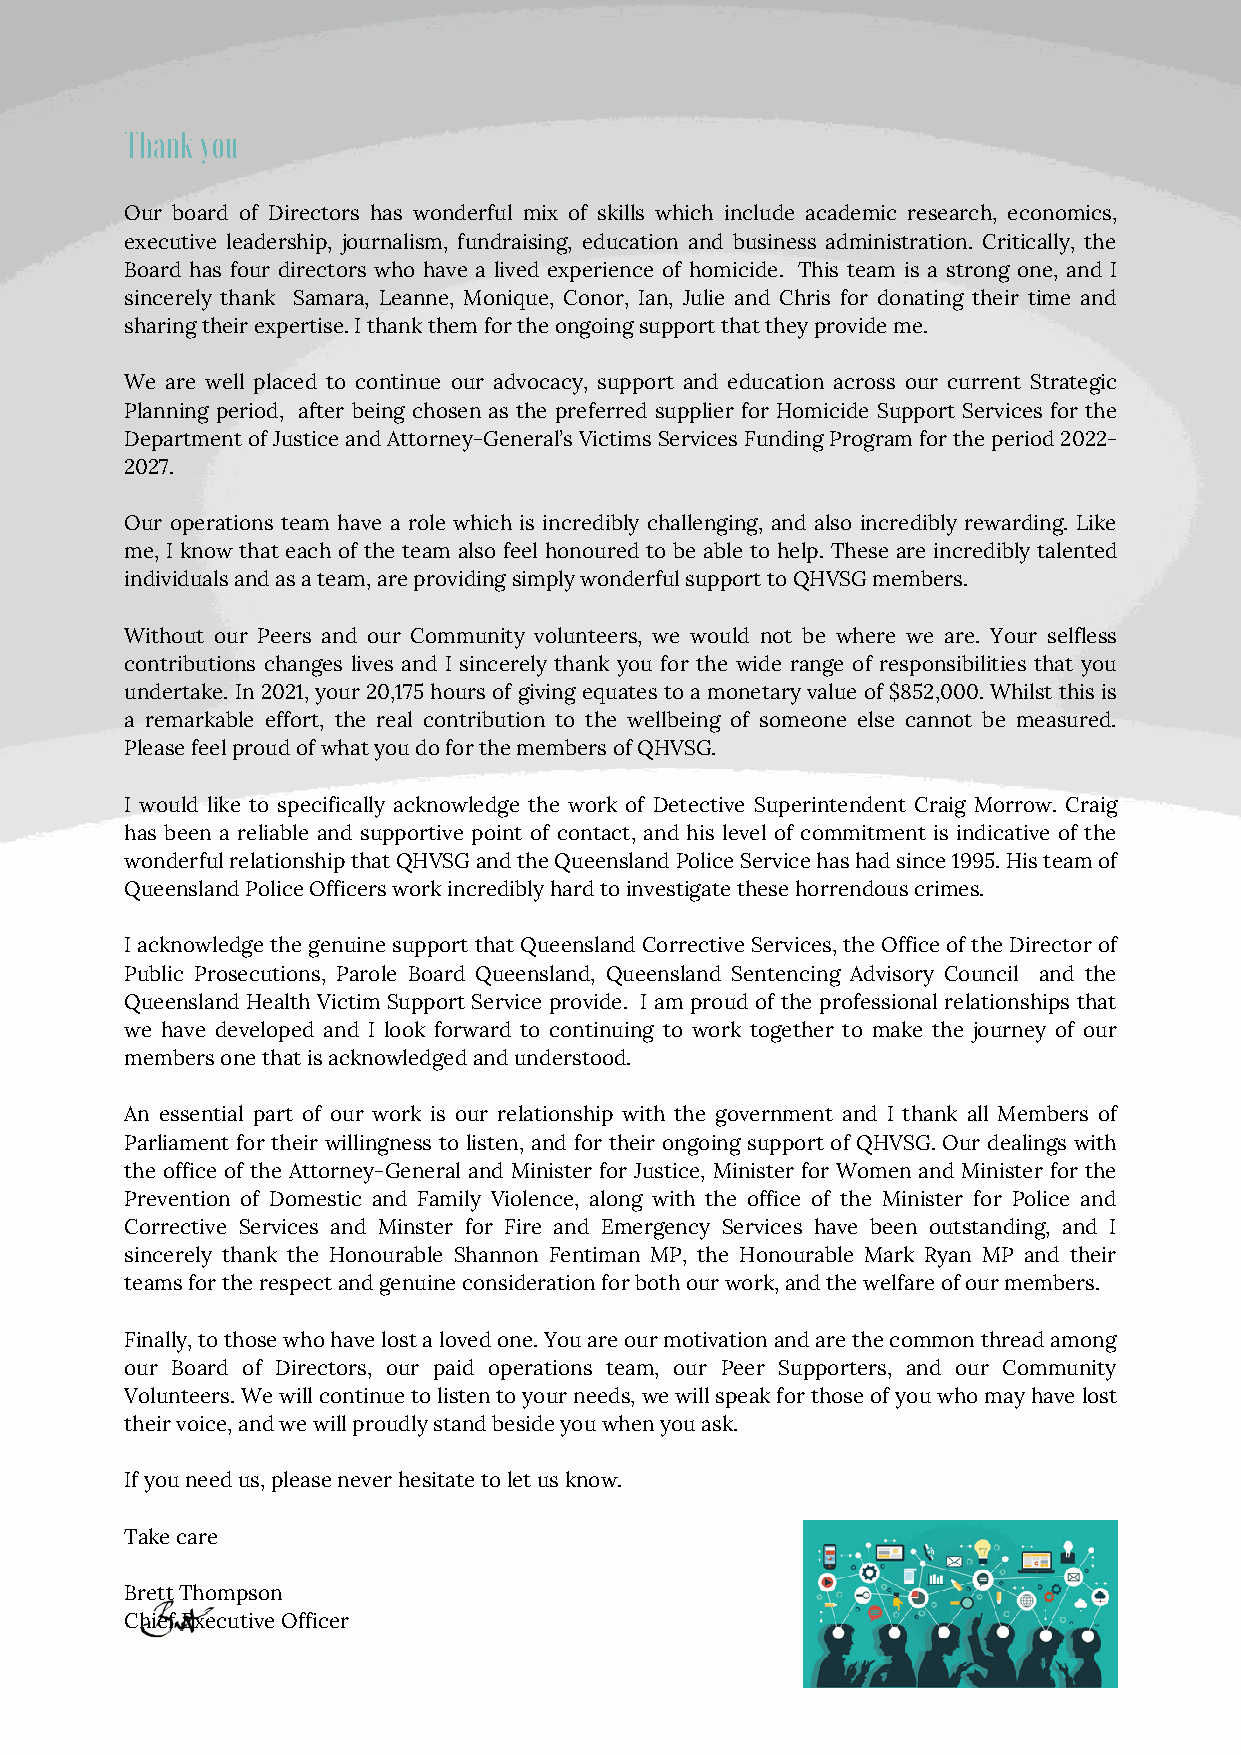
Thank you
 Our board of Directors has wonderful mix of skills which include academic research, economics,
 executive leadership, journalism, fundraising, education and business administration. Critically, the
 Board has four directors who have a lived experience of homicide. This team is a strong one, and I
 sincerely thank Samara, Leanne, Monique, Conor, Ian, Julie and Chris for donating their time and
 sharing their expertise. I thank them for the ongoing support that they provide me.
 We are well placed to continue our advocacy, support and education across our current Strategic
 Planning period, after being chosen as the preferred supplier for Homicide Support Services for the
 Department of Justice and Attorney-General’s Victims Services Funding Program for the period 2022-
 2027.
 Our operations team have a role which is incredibly challenging, and also incredibly rewarding. Like
 me, I know that each of the team also feel honoured to be able to help. These are incredibly talented
 individuals and as a team, are providing simply wonderful support to QHVSG members.
 Without our Peers and our Community volunteers, we would not be where we are. Your selfless
 contributions changes lives and I sincerely thank you for the wide range of responsibilities that you
 undertake. In 2021, your 20,175 hours of giving equates to a monetary value of $852,000. Whilst this is
 a remarkable effort, the real contribution to the wellbeing of someone else cannot be measured.
 Please feel proud of what you do for the members of QHVSG.
 I would like to specifically acknowledge the work of Detective Superintendent Craig Morrow. Craig
 has been a reliable and supportive point of contact, and his level of commitment is indicative of the
 wonderful relationship that QHVSG and the Queensland Police Service has had since 1995. His team of
 Queensland Police Officers work incredibly hard to investigate these horrendous crimes.
 I acknowledge the genuine support that Queensland Corrective Services, the Office of the Director of
 Public Prosecutions, Parole Board Queensland, Queensland Sentencing Advisory Council and the
 Queensland Health Victim Support Service provide. I am proud of the professional relationships that
 we have developed and I look forward to continuing to work together to make the journey of our
 members one that is acknowledged and understood.
 An essential part of our work is our relationship with the government and I thank all Members of
 Parliament for their willingness to listen, and for their ongoing support of QHVSG. Our dealings with
 the office of the Attorney-General and Minister for Justice, Minister for Women and Minister for the
 Prevention of Domestic and Family Violence, along with the office of the Minister for Police and
 Corrective Services and Minster for Fire and Emergency Services have been outstanding, and I
 sincerely thank the Honourable Shannon Fentiman MP, the Honourable Mark Ryan MP and their
 teams for the respect and genuine consideration for both our work, and the welfare of our members.
 Finally, to those who have lost a loved one. You are our motivation and are the common thread among
 our Board of Directors, our paid operations team, our Peer Supporters, and our Community
 Volunteers. We will continue to listen to your needs, we will speak for those of you who may have lost
 their voice, and we will proudly stand beside you when you ask.
 If you need us, please never hesitate to let us know.
 Take care
 Brett Thompson
 Chief Executive Officer